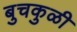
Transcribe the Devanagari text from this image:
बुचकुळी